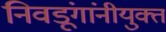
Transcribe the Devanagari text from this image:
निवडूंगांनीयुक्त